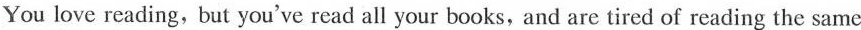
You love reading, but you've read all your books, and are tired of reading the same